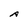
Character: A